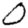
Digit: 0